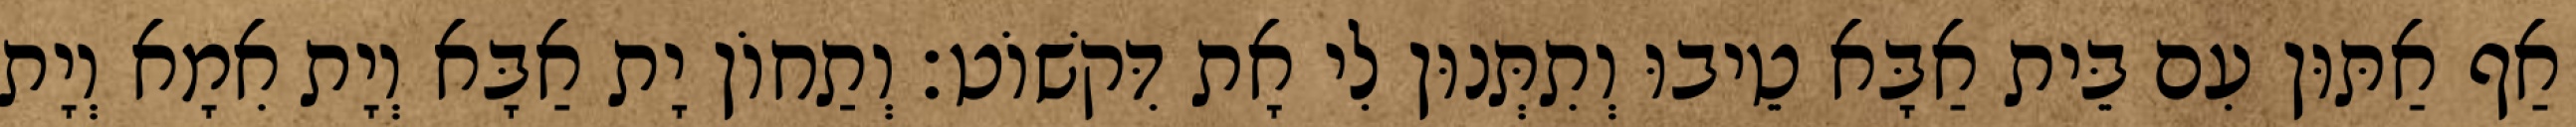
אַף אַתּוּן עִם בֵּית אַבָּא טֵיבוּ וְתִתְּנוּן לִי אָת דִּקשׁוֹט׃ וְתַחוֹן יָת אַבָּא וְיָת אִמָא וְיָת